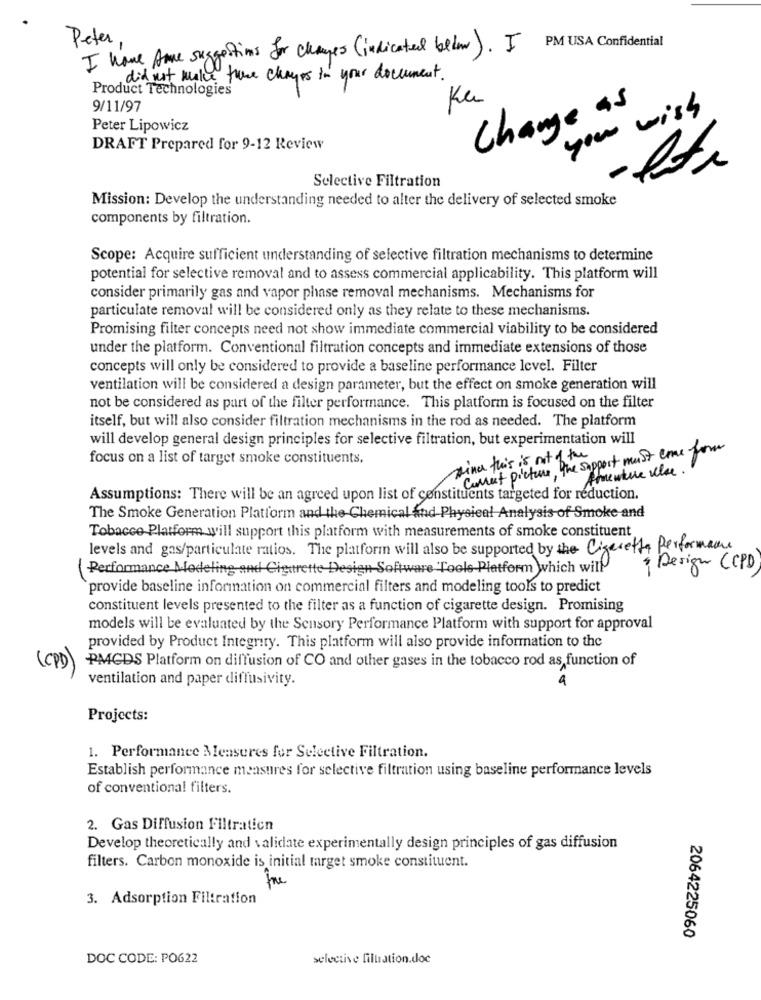
Peter
PM USA Confidential
I have Ame suggestions for changes (indicated below). I
did not make tune changes in your document.
Product Technologies
9/11/97
Ku
Change as
your wish
Peter Lipowicz
DRAFT Prepared for 9-12 Review
Selective Filtration
Mission: Develop the understanding needed to alter the delivery of selected smoke
components by filtration.
Scope: Acquire sufficient understanding of selective filtration mechanisms to determine
potential for selective removal and to assess commercial applicability. This platform will
consider primarily gas and vapor phase removal mechanisms. Mechanisms for
particulate removal will be considered only as they relate to these mechanisms.
Promising filter concepts need not show immediate commercial viability to be considered
under the platform. Conventional filtration concepts and immediate extensions of those
concepts will only be considered to provide a baseline performance level. Filter
ventilation will be considered a design parameter, but the effect on smoke generation will
not be considered as part of the filter performance. This platform is focused on the filter
itself, but will also consider filtration mechanisms in the rod as needed. The platform
will develop general design principles for selective filtration, but experimentation will
Current picture, the support must come from
focus on a list of target smoke constituents.
since this is out of the
Aventure Wise .
Assumptions: There will be an agreed upon list of constituents targeted for reduction.
The Smoke Generation Platform and the Chemical and Physical Analysis of Smoke and
Tobacco Platform will support this platform with measurements of smoke constituent
levels and gas/particulate ratios. The platform will also be supported by the Cigaretta Performance
Performance Modeling and Cigarette Design Software Tools Platform which will
Design (CPD
provide baseline information on commercial filters and modeling tools to predict
constituent levels presented to the filter as a function of cigarette design. Promising
models will be evaluated by the Sensory Performance Platform with support for approval
provided by Product Integrity. This platform will also provide information to the
PAGDS Platform on diffusion of CO and other gases in the tobacco rod as function of
(CPD)
ventilation and paper diffusivity.
4
Projects:
1. Performance Measures for Selective Filtration.
Establish performance measures for selective filtration using baseline performance levels
of conventional filters.
2. Gas Diffusion Filtration
Develop theoretically and validate experimentally design principles of gas diffusion
filters. Carbon monoxide is initial target smoke constituent.
3. Adsorption Filtration
2064225060
DOC CODE: PO622
selective filtration.doc